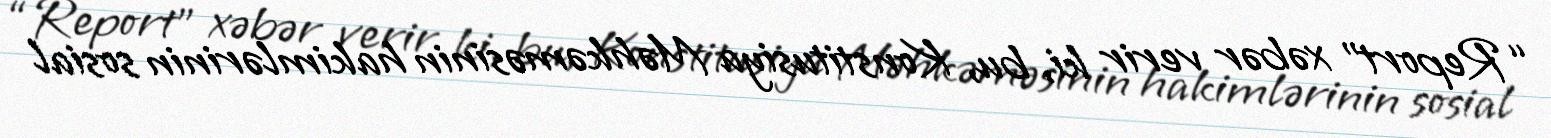
“Report” xəbər verir ki, bu, Konstitusiya Məhkəməsinin hakimlərinin sosial